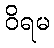
ဝိရမ